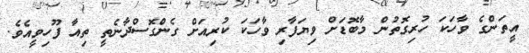
އީތަންގެ ވާހަކަ ހުރިގޮތުން މާބޮޑަށް ވިޔަފާރި ވާހަކަ ކުރިއަށް ގެންގޮސްދާނެތީ ތިއާ ފޫހިވީއެވެ.